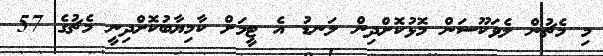
މި މެޗުން ލެވަކޫސަން މޮޅުކޮށްދިން ލަނޑު އެ ޓީމަށް ކާމިޔާބުކޮށްދިނީ މެޗުގެ 57